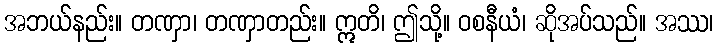
အဘယ်နည်း။ တဏှာ၊ တဏှာတည်း။ ဣတိ၊ ဤသို့။ ဝစနီယံ၊ ဆိုအပ်သည်။ အဿ၊